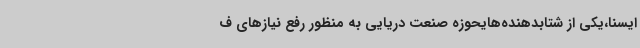
ایسنا،یکی از شتابدهنده‌هایحوزه صنعت دریایی به منظور رفع نیازهای ف